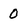
Character: 0